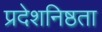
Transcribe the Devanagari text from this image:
प्रदेशनिष्ठता